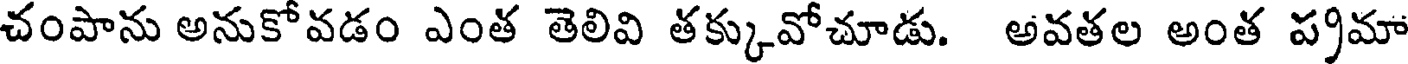
చంపాను అనుకోవడం ఎంత తెలివి తక్కువోచూడు. అవతల అంత ప్రమా